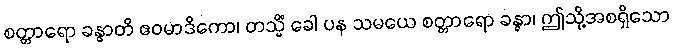
စတ္တာရော ခန္ဓာတိ ဧဝမာဒိကော၊ တသ္မိံ ခေါ ပန သမယေ စတ္တာရော ခန္ဓာ၊ ဤသို့အစရှိသော